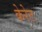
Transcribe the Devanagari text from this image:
केरेट